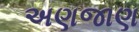
અણજાણ